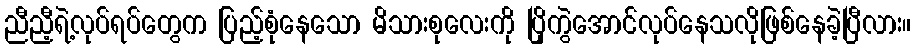
ညီညီ့ရဲ့လုပ်ရပ်တွေက ပြည့်စုံနေသော မိသားစုလေးကို ပြိုကွဲအောင်လုပ်နေသလိုဖြစ်နေခဲ့ပြီလား။